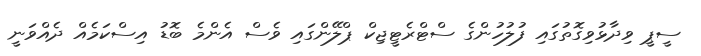
ސީޕީ ވިދާޅުވިގޮތުގައި ފުލުހުންގެ ސްޓްރެޓީޖިކް ޕްލޭންގައި ވެސް އެންމެ ބޮޑު އިސްކަމެއް ދެއްވަނީ